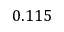
0 . 1 1 5